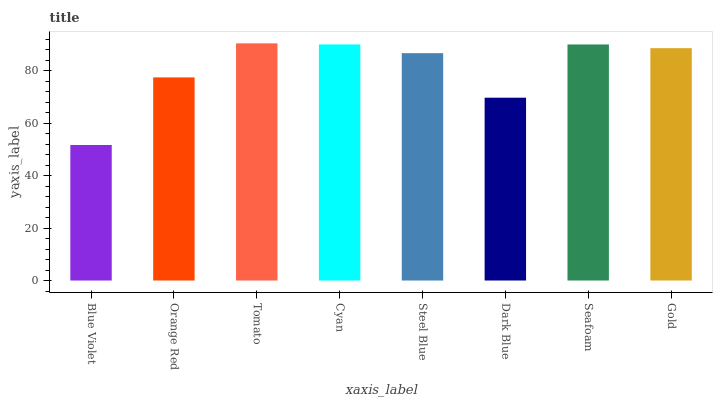
| xaxis_label | bars |
 | --- | --- |
 | Blue Violet | 51.7 |
 | Orange Red | 77.5 |
 | Tomato | 90.5 |
 | Cyan | 90 |
 | Steel Blue | 86.7 |
 | Dark Blue | 69.7 |
 | Seafoam | 90 |
 | Gold | 88.6 |